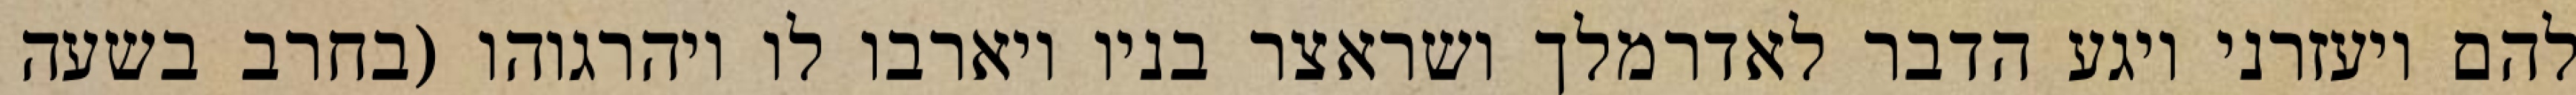
להם ויעזרני ויגע הדבר לאדרמלך ושראצר בניו ויארבו לו ויהרגוהו (בחרב בשעה